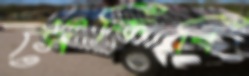
সেঁকিবি